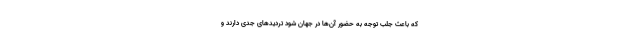
که باعث جلب توجه به حضور آن‌ها در جهان شود تردید‌های جدی دارند و